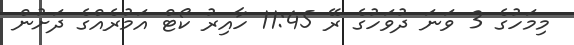
މިމަހުގެ 3 ވަނަ ދުވަހުގެ ރޭ 11:45 ހާއިރު ކޯޓް އަމުރެއްގެ ދަށުން